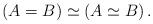
LaTeX: \begin{align*} (A=B)\simeq(A\simeq B)\,. \end{align*}